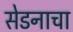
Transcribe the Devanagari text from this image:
सेडनाचा